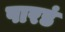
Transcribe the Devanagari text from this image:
पारडं